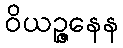
ဝိယဉ္ဇနေန